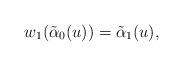
LaTeX: \begin{align*}w_1(\tilde{\alpha}_0(u))=\tilde{\alpha}_1(u),\end{align*}